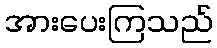
အားပေးကြသည်